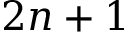
2 n + 1